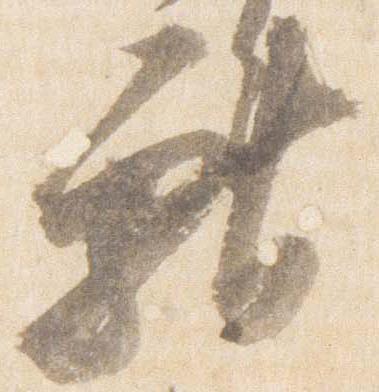
献